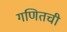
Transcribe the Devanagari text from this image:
गणितची